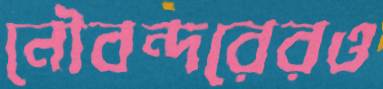
নৌবন্দরেরও